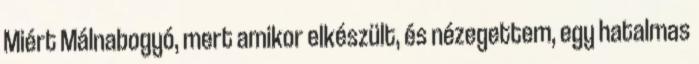
Miért Málnabogyó, mert amikor elkészült, és nézegettem, egy hatalmas